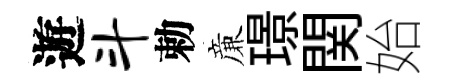
遊斗勅亷璟関始